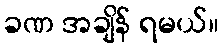
ခဏ အချိန် ရမယ်။